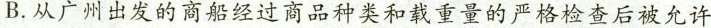
B.从广州出发的商船经过商品种类和载重量的严格检查后被允许